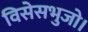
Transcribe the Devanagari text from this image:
विसेसभुजो।